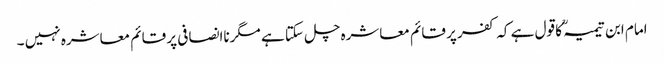
امام ابن تیمیہؒ کا قول ہے کہ کفر پر قائم معاشرہ چل سکتا ہے مگرناانصافی پر قائم معاشرہ نہیں ۔